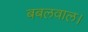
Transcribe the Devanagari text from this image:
बबलवाल।